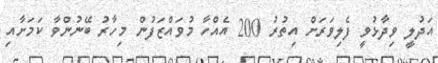
އަދުލީ ވިދާޅުވީ ފެލިވަރަށް އިތުރު 200 އެއްހާ މުވައްޒަފުން މިހާރު ބޭނުންވާ ކަމަށާއި